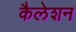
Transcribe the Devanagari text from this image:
कैलेशन